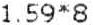
1.59*8